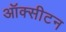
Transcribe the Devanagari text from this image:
ऑक्सीटन